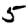
Digit: 5